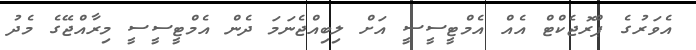
އެވަރުގެ ޕްރޮޖެކްޓް އެއް އެމްޓީސީސީ އަށް ލިބިއްޖެނަމަ ދެން އެމްޓީސީސީ މިރާއްޖޭގެ މެދު